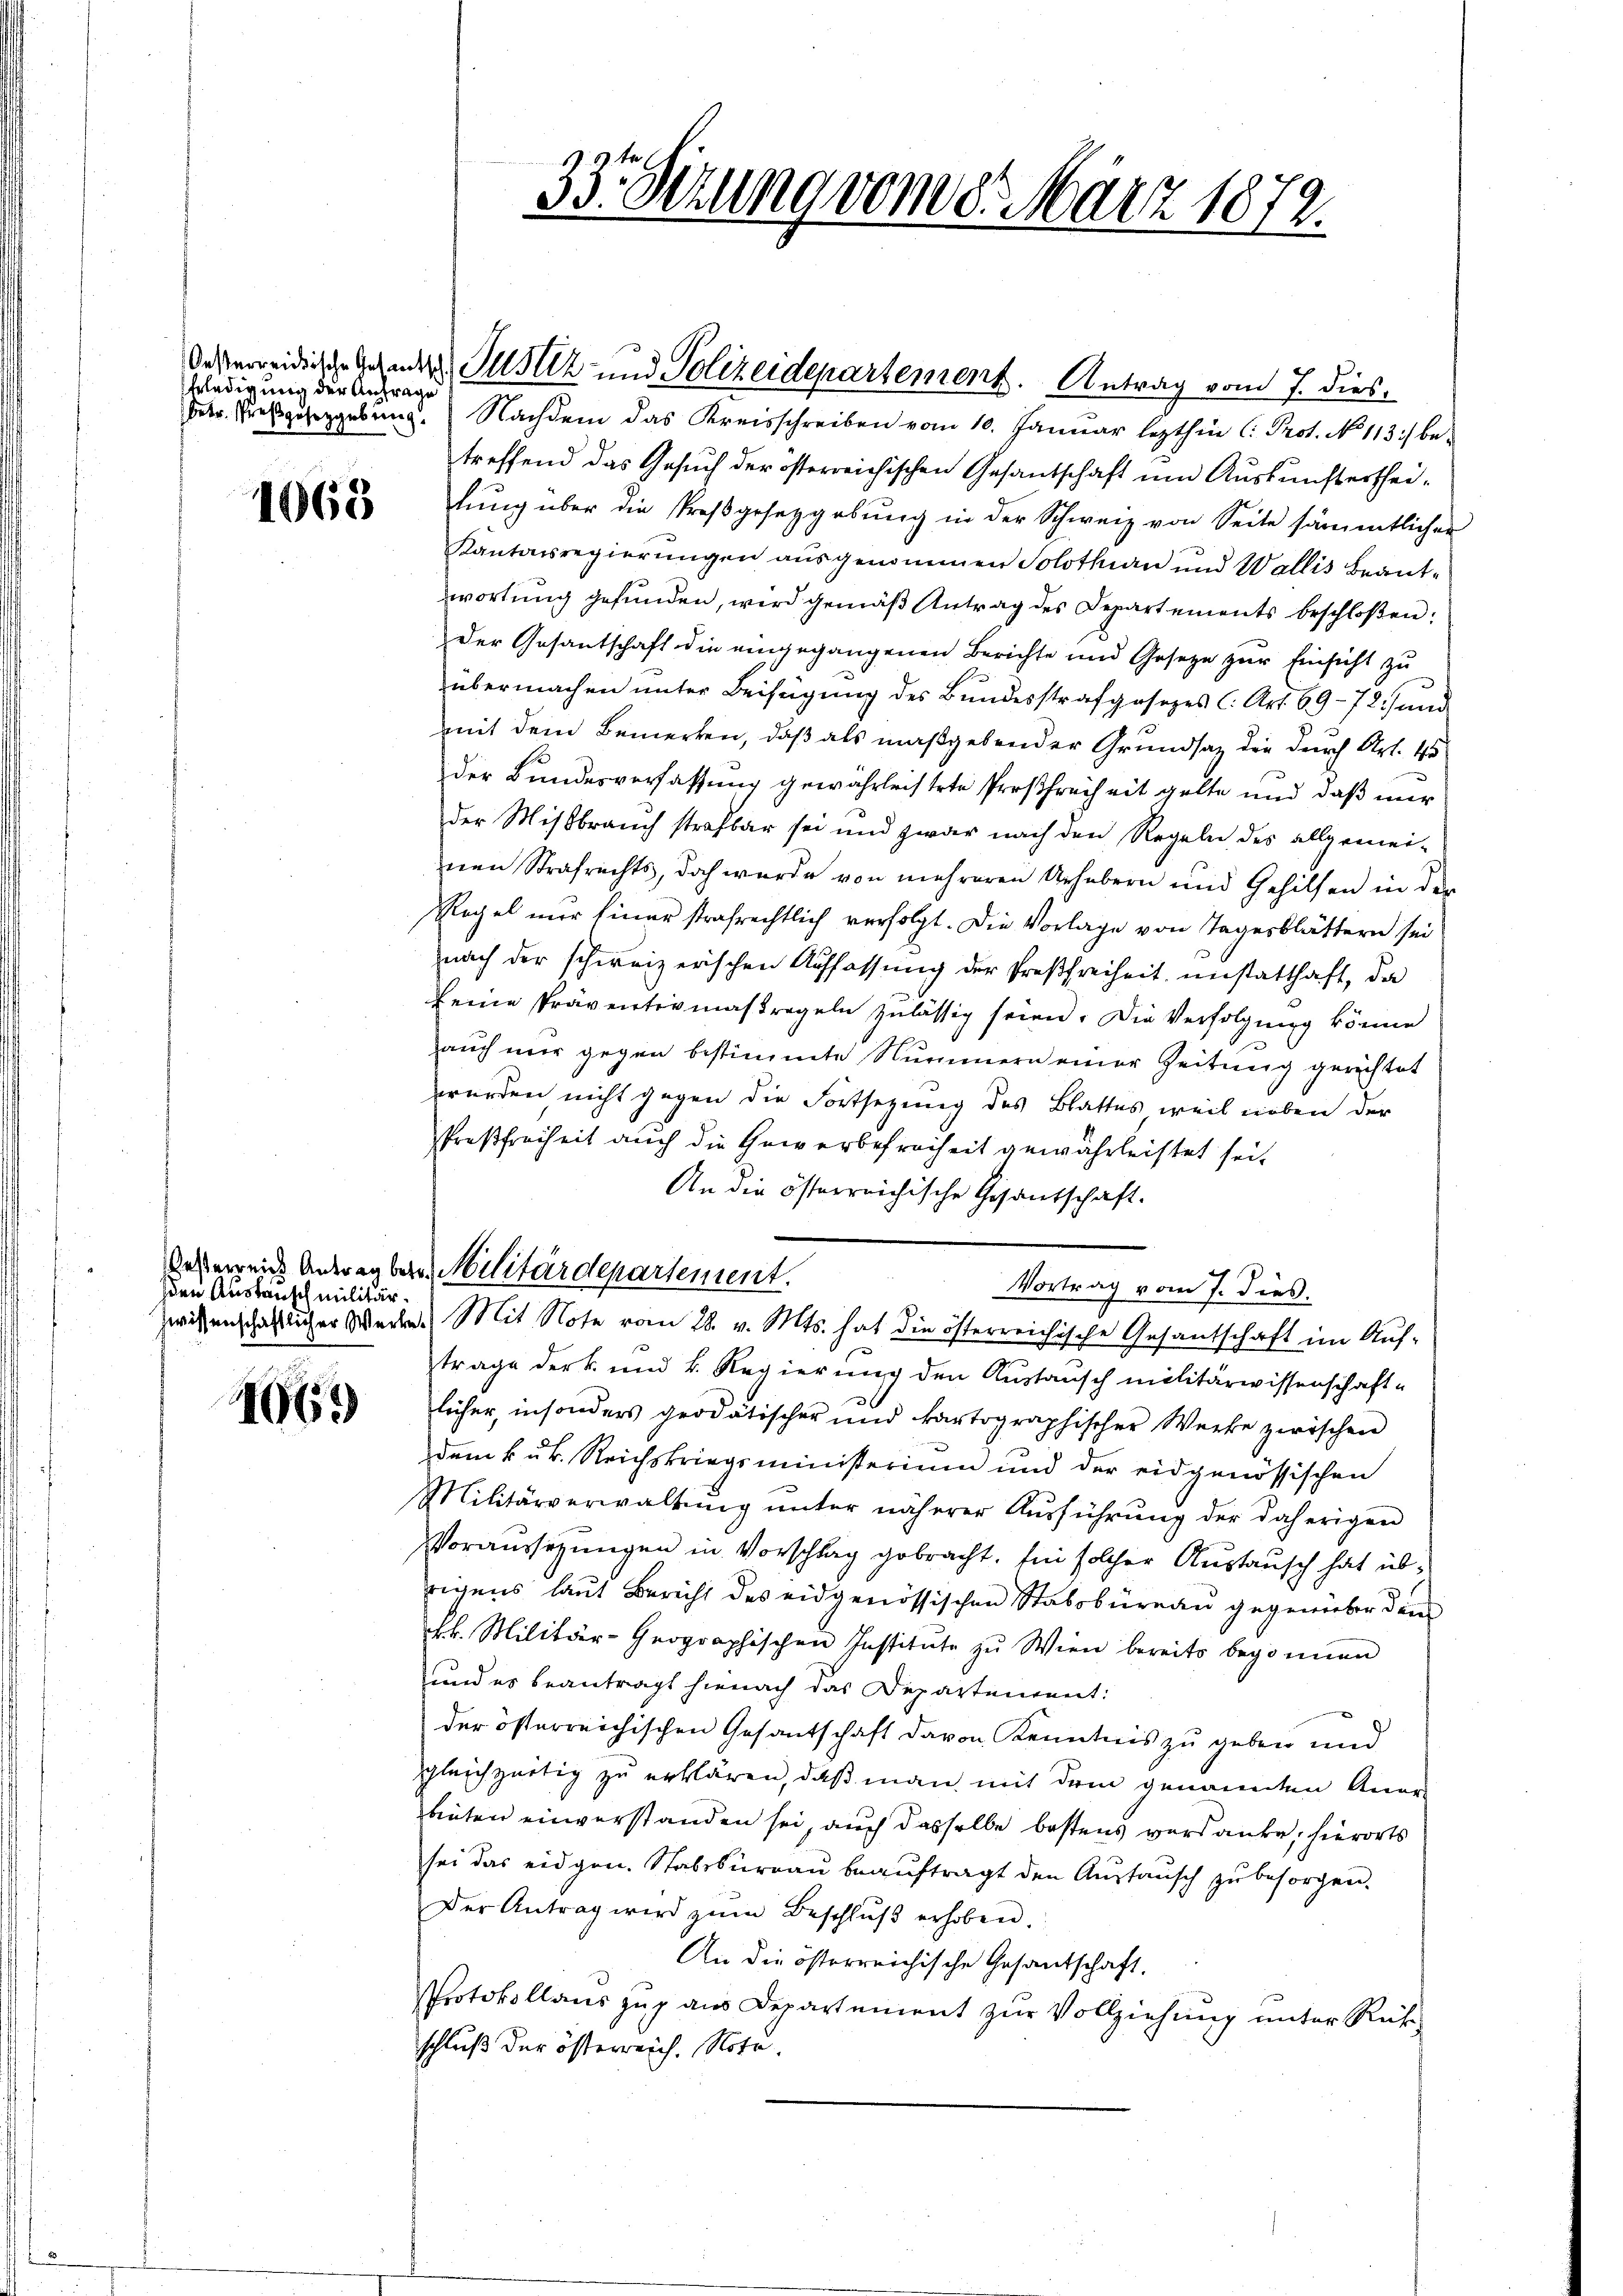
Erledigung der Anfrage

1069

den Austausch militär¬

4069

dseeidige Hander Justiz und Polizeidepartement. Antrag vom 7. dies
Petr. Preisgerzgebung. Nachdem das Kreisschreiben vom 10. Januar lezthin C. Prot. No 113) be-
treffend das Gesuch der österreichischen Gesantschaft um Auskunftertheilŭng über die Preßgesetzgebŭng in der Schweiz von Seite sämmtlicher
Kantonsregierungen ausgenommen Solothurn und Wallis Beantwortŭng gefunden, wird gemäβ Antrag des Departements beschloßen:
der Gesantschaft die eingegangenen Berichte und Gesetze zur Einsicht zu
übermachen unter Beifügung des Bundesstrafgesezes C. Art. 69-72) und
mit dem Bemerken, daß als maßgebender Grundsatz die durch Art. 45
der Bundesverfassung gewährleistete Preßfreiheit gelte und daß nur
der Missbrauch strafbar sei und zwar nach den Regeln des allgemei-
nen Strafrechts, doch wurde von mehreren Urhebern und Gehilfen in der
Regel nur einer strafrechtlich verfolgt. Die Vorlage von Tagesblättern sei
nach der schweizerischen Auffassŭng der Preßfreiheit unstatthaft, da
keine Präventivmassregeln zulässig seien. Die Verfolgung könne
auch mir gegen bestimmte Nummern einer Zeitung gerechtet
werden nicht gegen die Fortsetzung des Blattes weil neben der
Preßfreiheit auch die Gewerbefreiheit gewährleistet seit
An die österreichische Gesantschaft.
desserreiche Antrag bere Militärdepartement.
Vortrag vom 7. dies.
zwesenschaftlicher Werken. Mit Note vom 28. v. Mts. hat die österreichische Gesantschaft im Auftrage der k. und k. Regierung den Austausch militärwissenschafte
licher, insonders grodätischer und kartographischer Werke zwischen
dem k. k. Reichskriegsministerium und der eidgenössischen
Militärverwaltŭng ŭnter näherer Aŭsführŭng der daherigen
Voraussezungen in Vorschlag gebracht. Ein solcher Austausch hat übrigens laut Bericht des eidgenössischen Stabsbureau gegenüber dem
kk. Militär-Geographischen Institute zu Wien bereits begonnen
und es beantragt hienach das Departement:
der österreichischen Gesantschaft davon Kenntnis zu geben und
gleichzeitig zu erklären, daß man mit dem genannten Anerbinten einverstanden sei, auch dasselbe bestens verdanke, hierorts
sei das eidgen. Stabsbureau beauftragt den Austausch zu besorgen.
Der Antrag wird zŭm Beschlŭβ erhoben.
An die österreichische Gesandschaft.
Protokollauszug aus Departement zŭr Vollziehung unter Rück-
schluß der österreich. Note.

33. Dezung vom 8. März 1872.